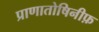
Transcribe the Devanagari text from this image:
प्राणातोषिनीफ़